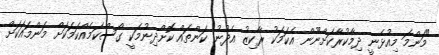
"މަންމަ މިއުޅެނީ ދިމާކުރާކަށްނޫން އެކަމަކު ރާކިޒު އެދުނު ކަންތައް ކޮށްދިނުމަކީ ގޯސްކަމެއްކަމަކަށް މަންމައަކަށް